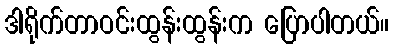
ဒါရိုက်တာဝင်းထွန်းထွန်းက ပြောပါတယ်။